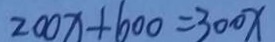
2 0 0 x + 6 0 0 = 3 0 0 x